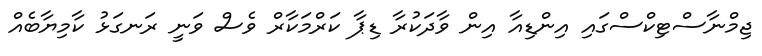
ޖިމްނާސްޓިކްސްގައި އިންޑިއާ އިން ވާދަކުރާ ޑިޕާ ކަރްމަކާރް ވެސް ވަނީ ރަނގަޅު ކާމިޔާބެއް